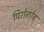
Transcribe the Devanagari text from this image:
पिरोगोव